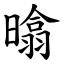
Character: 㬛